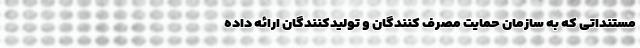
مستنداتی که به سازمان حمایت مصرف کنندگان و تولیدکنندگان ارائه داده